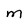
Character: M